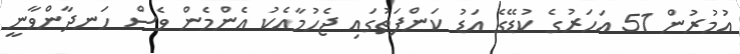
އުމުރުން 51 އަހަރުގެ ކުޑޭގެ އަޑު ކަންފަތުގައި ޖެހުމާއެކު އެންމެން ވެސް ހަނދާންވާނީ